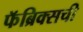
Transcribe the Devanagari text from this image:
फॅब्रिक्सची